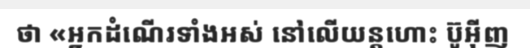
ថា «អ្នកដំណើរទាំងអស់ នៅលើយន្តហោះ ប៊ូអ៊ីញ